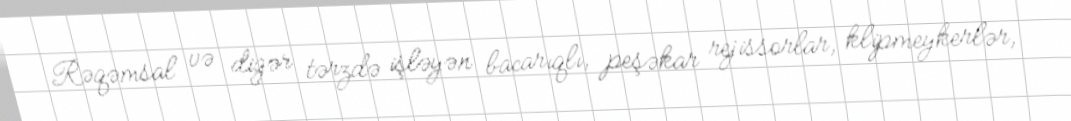
Rəqəmsal və digər tərzdə işləyən bacarıqlı, peşəkar rejissorlar, klipmeykerlər,